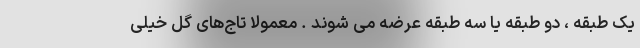
یک طبقه ، دو طبقه یا سه طبقه عرضه می شوند . معمولاً تاج‌های گل خیلی